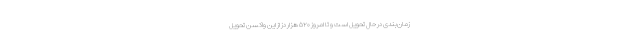
زمان‌بندی در حال تحویل است و تا امروز ۵۲۰ هزار دز از این واکسن تحویل